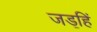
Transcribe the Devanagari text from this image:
जड॒हिं